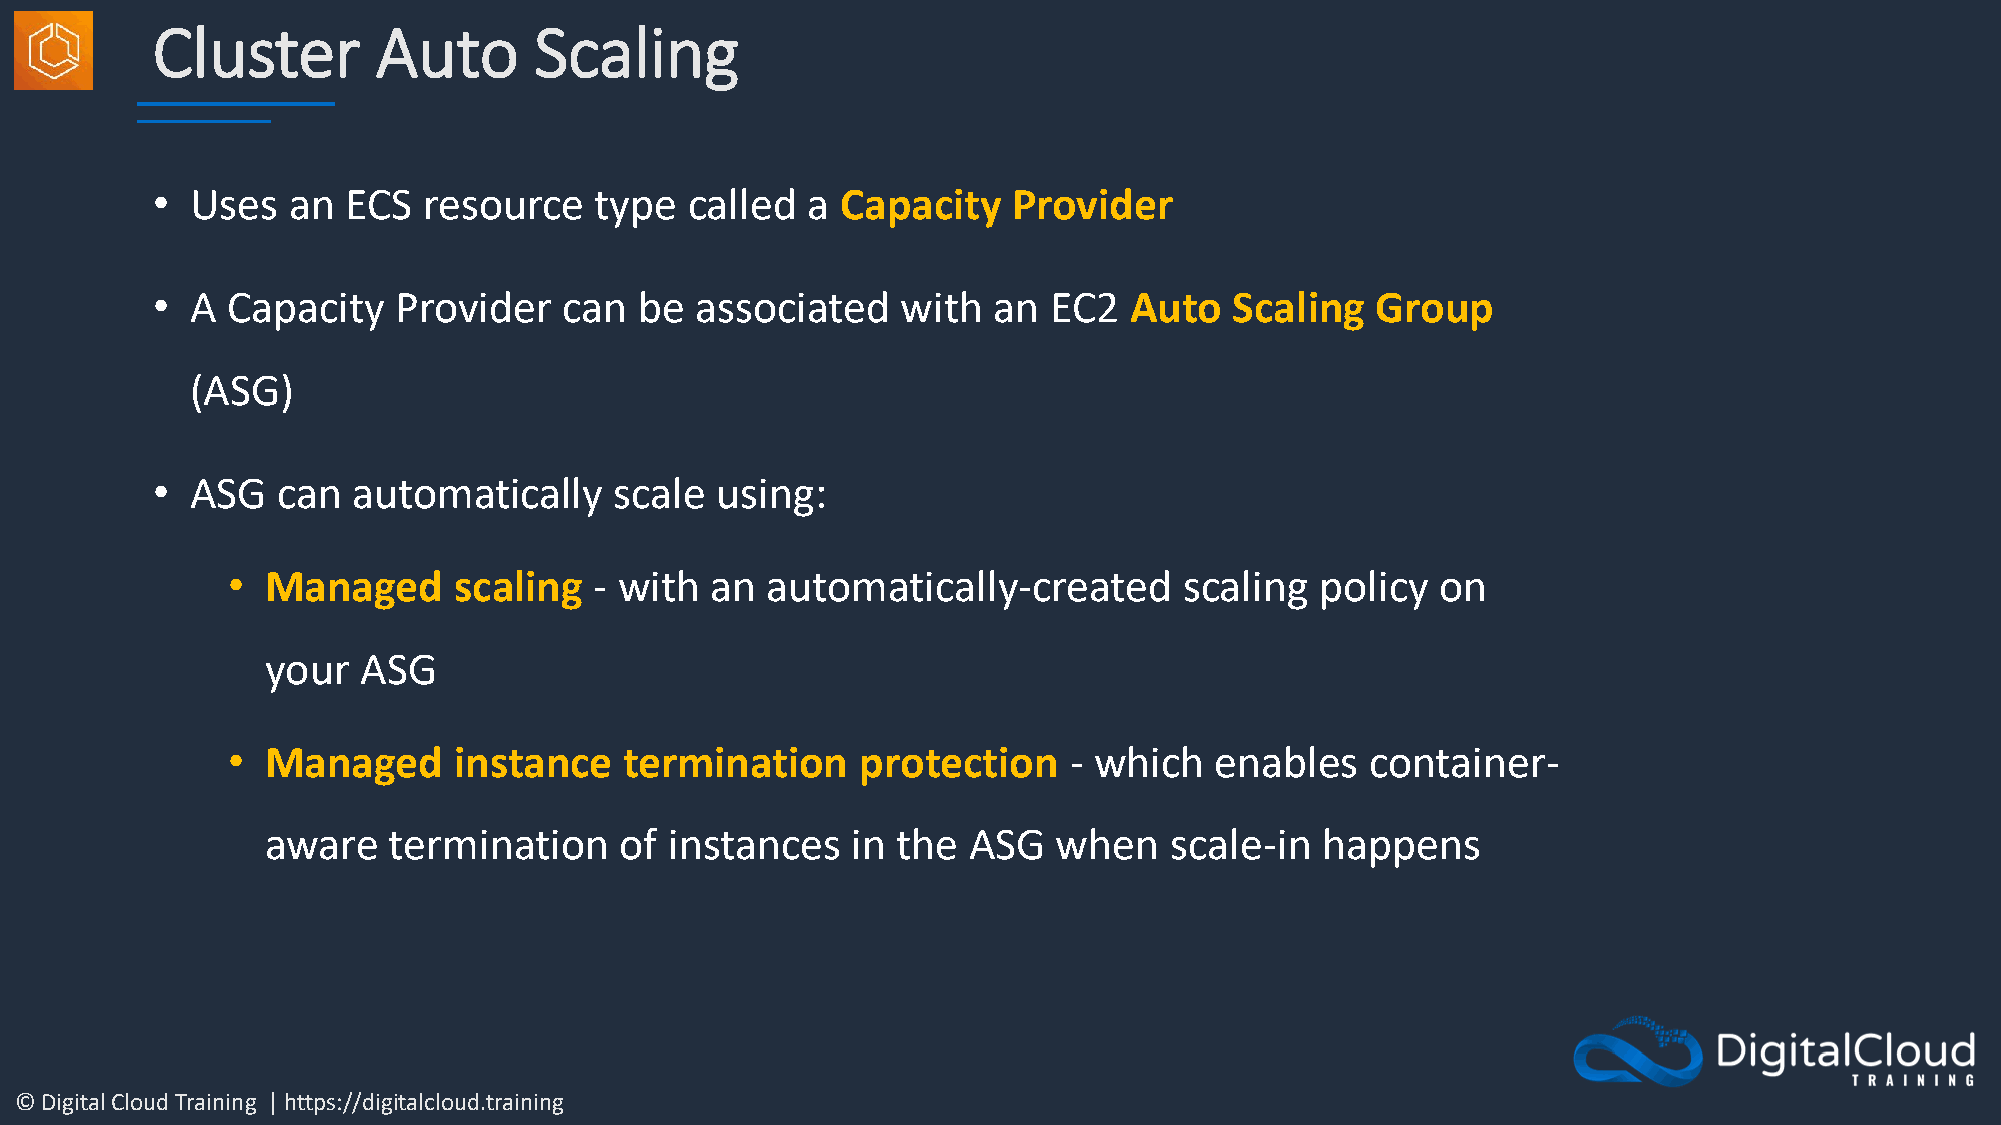
Cluster        Auto      Scaling
 •  Uses  an  ECS  resource   type   called a  Capacity   Provider
 •  A Capacity   Provider   can  be  associated    with  an EC2   Auto   Scaling  Group
 (ASG)
 •  ASG  can  automatically     scale using:
 •  Managed     scaling  - with  an  automatically-created      scaling  policy  on
 your  ASG
 •  Managed     instance   termination     protection    - which  enables    container-
 aware   termination    of instances   in the  ASG   when   scale-in  happens
 © Digital Cloud Training | https://digitalcloud.training